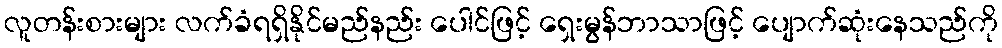
လူတန်းစားများ လက်ခံရရှိနိုင်မည်နည်း ပေါင်ဖြင့် ရှေးမွန်ဘာသာဖြင့် ပျောက်ဆုံးနေသည်ကို